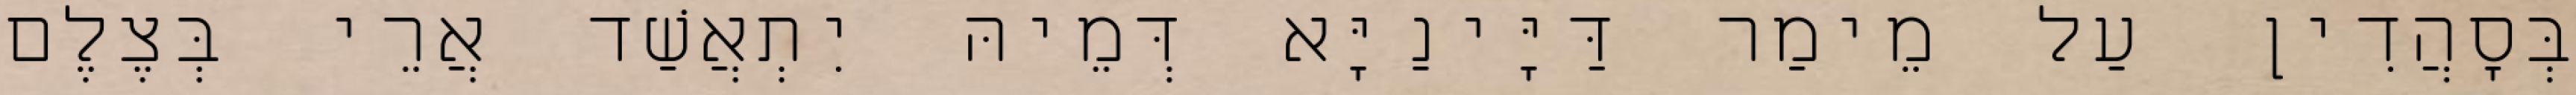
בְּסָהֲדִין עַל מֵימַר דַּיָּינַיָּא דְּמֵיהּ יִתְאֲשַׁד אֲרֵי בְּצֶלֶם